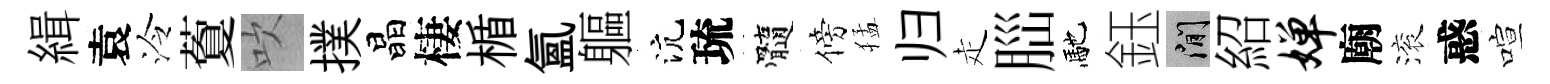
緝袁泠藑吹撲晶棲楯氲軀沆琉髓傍猛归走𦛁馳鈺閑紹婵廟滚惑喧